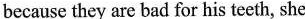
because they are bad for his teeth, she